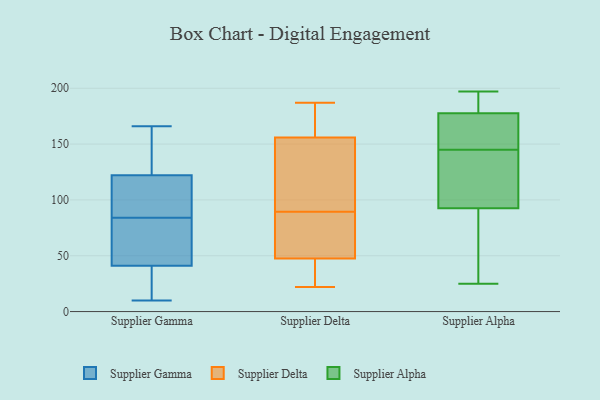
{"axis": {"x": "Headcount", "y": "Value"}, "legend": ["Supplier Alpha", "Supplier Delta", "Supplier Gamma"], "data": [{"x": "", "y": 41, "type": "Supplier Gamma"}, {"x": "", "y": 21, "type": "Supplier Gamma"}, {"x": "", "y": 48, "type": "Supplier Gamma"}, {"x": "", "y": 84, "type": "Supplier Gamma"}, {"x": "", "y": 41, "type": "Supplier Gamma"}, {"x": "", "y": 109, "type": "Supplier Gamma"}, {"x": "", "y": 145, "type": "Supplier Gamma"}, {"x": "", "y": 121, "type": "Supplier Gamma"}, {"x": "", "y": 102, "type": "Supplier Gamma"}, {"x": "", "y": 10, "type": "Supplier Gamma"}, {"x": "", "y": 25, "type": "Supplier Gamma"}, {"x": "", "y": 76, "type": "Supplier Gamma"}, {"x": "", "y": 51, "type": "Supplier Gamma"}, {"x": "", "y": 125, "type": "Supplier Gamma"}, {"x": "", "y": 140, "type": "Supplier Gamma"}, {"x": "", "y": 110, "type": "Supplier Gamma"}, {"x": "", "y": 166, "type": "Supplier Gamma"}, {"x": "", "y": 87, "type": "Supplier Delta"}, {"x": "", "y": 163, "type": "Supplier Delta"}, {"x": "", "y": 149, "type": "Supplier Delta"}, {"x": "", "y": 94, "type": "Supplier Delta"}, {"x": "", "y": 22, "type": "Supplier Delta"}, {"x": "", "y": 179, "type": "Supplier Delta"}, {"x": "", "y": 125, "type": "Supplier Delta"}, {"x": "", "y": 54, "type": "Supplier Delta"}, {"x": "", "y": 81, "type": "Supplier Delta"}, {"x": "", "y": 36, "type": "Supplier Delta"}, {"x": "", "y": 83, "type": "Supplier Delta"}, {"x": "", "y": 26, "type": "Supplier Delta"}, {"x": "", "y": 187, "type": "Supplier Delta"}, {"x": "", "y": 165, "type": "Supplier Delta"}, {"x": "", "y": 92, "type": "Supplier Delta"}, {"x": "", "y": 41, "type": "Supplier Delta"}, {"x": "", "y": 25, "type": "Supplier Alpha"}, {"x": "", "y": 145, "type": "Supplier Alpha"}, {"x": "", "y": 67, "type": "Supplier Alpha"}, {"x": "", "y": 197, "type": "Supplier Alpha"}, {"x": "", "y": 137, "type": "Supplier Alpha"}, {"x": "", "y": 182, "type": "Supplier Alpha"}, {"x": "", "y": 194, "type": "Supplier Alpha"}, {"x": "", "y": 31, "type": "Supplier Alpha"}, {"x": "", "y": 26, "type": "Supplier Alpha"}, {"x": "", "y": 167, "type": "Supplier Alpha"}, {"x": "", "y": 176, "type": "Supplier Alpha"}, {"x": "", "y": 130, "type": "Supplier Alpha"}, {"x": "", "y": 101, "type": "Supplier Alpha"}, {"x": "", "y": 174, "type": "Supplier Alpha"}, {"x": "", "y": 193, "type": "Supplier Alpha"}, {"x": "", "y": 152, "type": "Supplier Alpha"}, {"x": "", "y": 122, "type": "Supplier Alpha"}]}